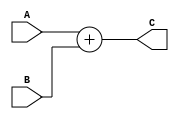
//-----------------------------------------------------------------------

// Module: Adder


// Description: adder block that adds two 32-bit data inputs to each other (A and B) and produces the output to the 32-bit port C 


//----------------------------------------------------------------------

module Adder #(

//-----------------------------------------------------------------------
//                    Parameters Decleration   
//-----------------------------------------------------------------------


 parameter DATA_WIDTH   = 32

)





( 
//-----------------------------------------------------------------------
//                        Port Decleration   
//-----------------------------------------------------------------------
  
  input wire  [DATA_WIDTH-1:0]      A,
  
  input wire  [DATA_WIDTH-1:0]      B,
  
  output reg [DATA_WIDTH-1:0]      C
  
  );
  
 always @(*)
 begin
   
   C = A + B;
   
 end
  
endmodule